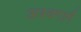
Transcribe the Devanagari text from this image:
अश्वमार्ग